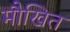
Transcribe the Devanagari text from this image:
मौखित